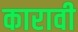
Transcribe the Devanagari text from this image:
कारावी